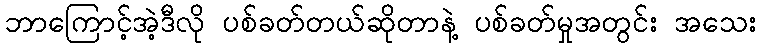
ဘာကြောင့်အဲ့ဒီလို ပစ်ခတ်တယ်ဆိုတာနဲ့ ပစ်ခတ်မှုအတွင်း အသေး